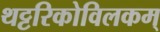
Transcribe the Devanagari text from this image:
थट्टरिकोविलकम्